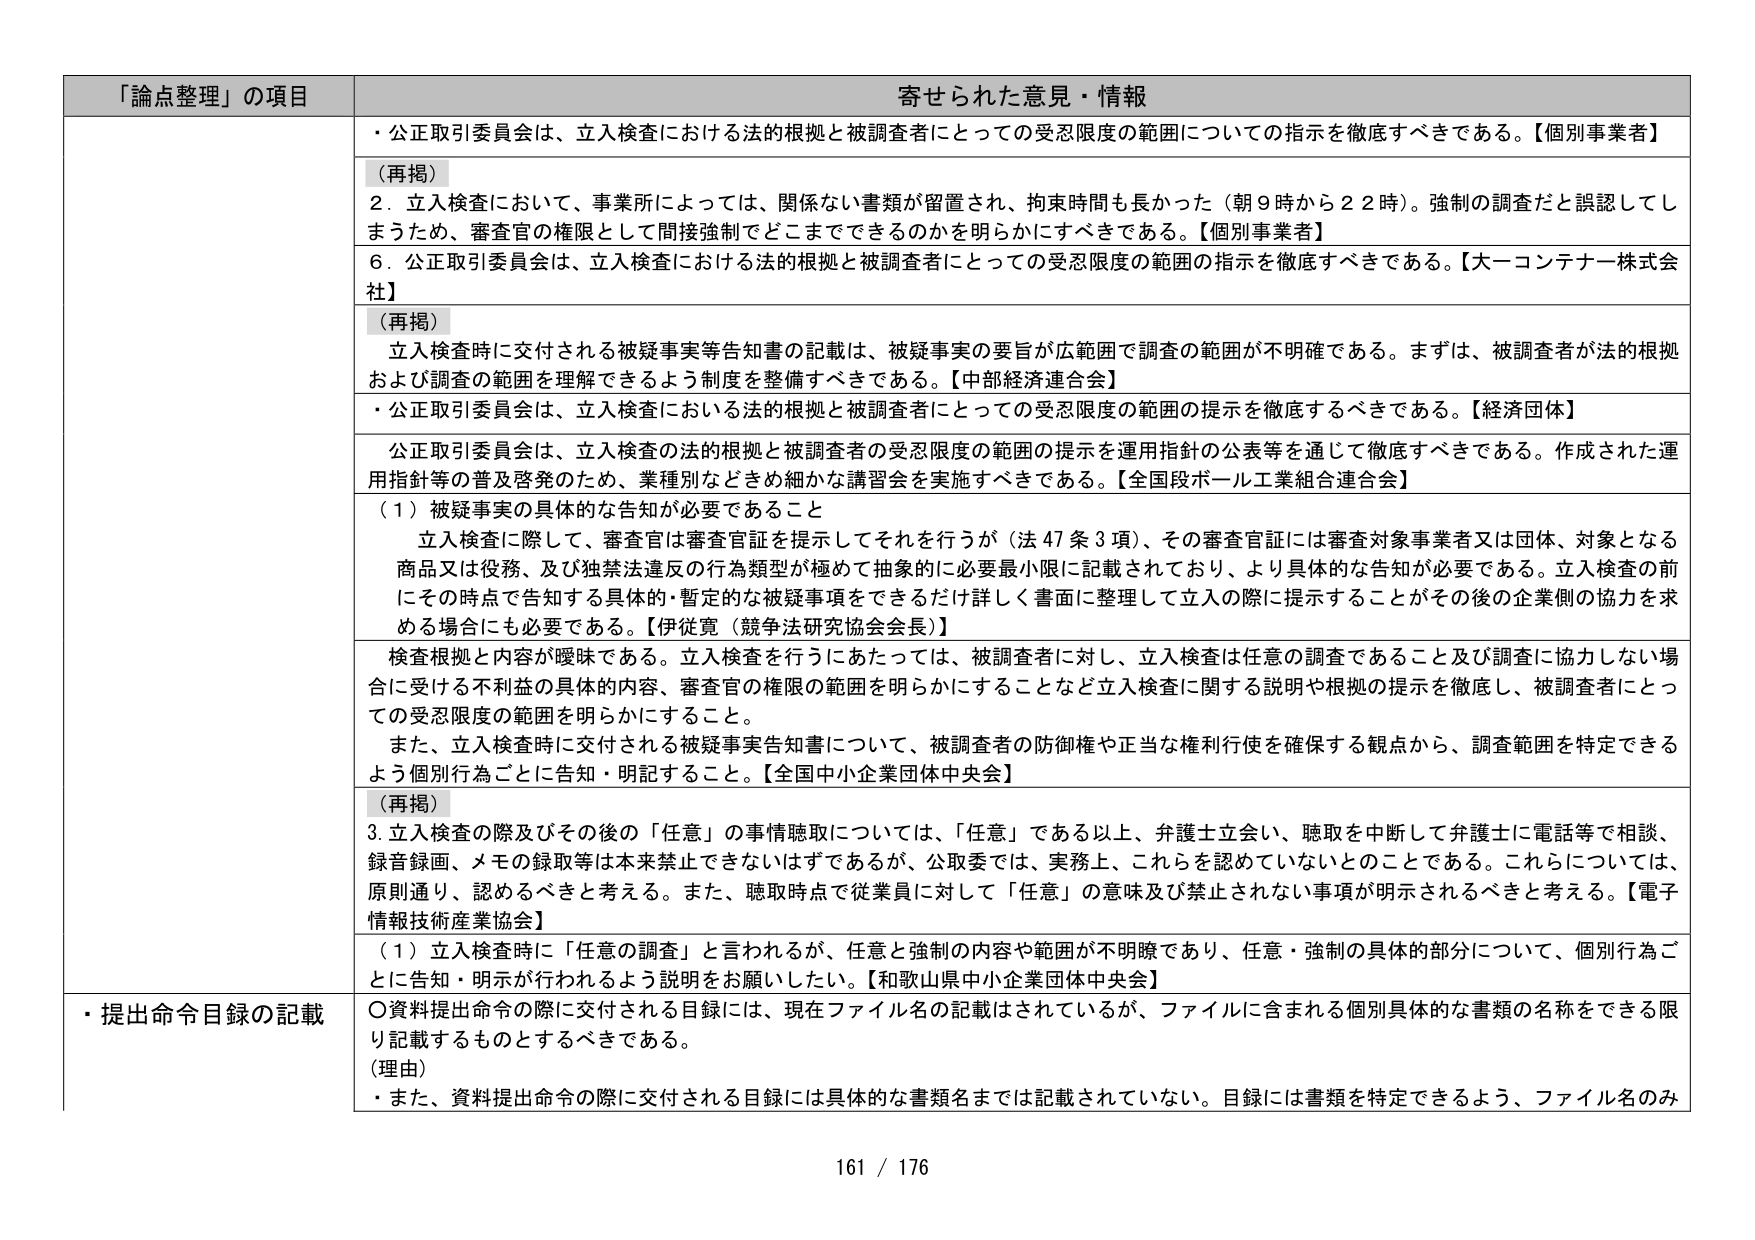
「論点整理」の項目 寄せられた意見・情報
・公正取引委員会は、立入検査における法的根拠と被調査者にとっての受忍限度の範囲についての指示を徹底すべきである。【個別事業者】
（再掲）
2．立入検査において、事業所によっては、関係ない書類が留置され、拘束時間も長かった（朝9時から22時）。強制の調査だと誤認してしまったため、審査官の権限として間接強制でどこまでできるのかを明らかにすべきである。【個別事業者】
6．公正取引委員会は、立入検査における法的根拠と被調査者にとっての受忍限度の範囲の指示を徹底すべきである。【大一コンテナ一株式会社】
（再掲）
立入検査時に交付される被疑事実等告知書の記載は、被疑事実の要旨が広範囲で調査の範囲が不明確である。まずは、被調査者が法的根拠および調査の範囲を理解できるよう制度を整備すべきである。【中部経済連合会】
・公正取引委員会は、立入検査における法的根拠と被調査者にとっての受忍限度の範囲の提示を徹底すべきである。【経済団体】
公正取引委員会は、立入検査の法的根拠と被調査者の受忍限度の範囲の提示を運用指針の公表等を通じて徹底すべきである。作成された運用指針等の普及啓発のため、業種別などきめ細かな講習会を実施すべきである。【全国段ボール工業組合連合会】
（1）被疑事実の具体的な告知が必要であること
立入検査に際して、審査官は審査官証を提示してそれを行うが（法47条3項）、その審査官証には審査対象事業者又は団体、対象となる商品又は役務、及び独禁法違反の行為類型が極めて抽象的に必要最小限に記載されており、より具体的な告知が必要である。立入検査の前にその時点で告知する具体的・暫定的な被疑事項をできるだけ詳しく書面に整理して立入の際に提示することがその後の企業側の協力を求める場合にも必要である。【伊従寛（競争法研究協会会長）】
検査根拠と内容が曖昧である。立入検査を行うにあたっては、被調査者に対し、立入検査は任意の調査であること及び調査に協力しない場合に受ける不利益の具体的内容、審査官の権限の範囲を明らかにすることなど立入検査に関する説明や根拠の提示を徹底し、被調査者にとっての受忍限度の範囲を明らかにすること。
また、立入検査時に交付される被疑事実告知書について、被調査者の防御権や正当な権利行使を確保する観点から、調査範囲を特定できるよう個別行為ごとに告知・明記すること。【全国中小企業団体中央会】
（再掲）
3．立入検査の際及びその後の「任意」の事情聴取については、「任意」である以上、弁護士立会い、聴取を中断して弁護士に電話等で相談、録音録画、メモの録取等は本来禁止できないはずであるが、公取委では、実務上、これらを認めていないとのことである。これらについては、原則通り、認めるべきと考える。また、聴取時点で従業員に対して「任意」の意味及び禁止されない事項が明示されるべきと考える。【電子情報技術産業協会】
（1）立入検査時に「任意の調査」と言われるが、任意と強制の内容や範囲が不明瞭であり、任意・強制の具体的部分について、個別行為ごとに告知・明示が行われるよう説明をお願いしたい。【和歌山県中小企業団体中央会】
・提出命令目録の記載
〇資料提出命令の際に交付される目録には、現在ファイル名の記載はされているが、ファイルに含まれる個別具体的な書類の名称をできる限り記載するものとするべきである。
（理由）
・また、資料提出命令の際に交付される目録には具体的な書類名までは記載されていない。目録には書類を特定できるよう、ファイル名のみ
161 / 176